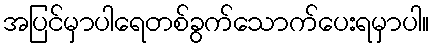
အပြင်မှာပါရေတစ်ခွက်သောက်ပေးရမှာပါ။